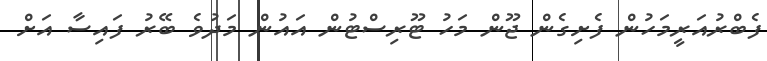
ފެބްރުއަރީމަހުން ފެށިގެން ޖޫން މަހު ޓޫރިސްޓުން އައުން މަދުވެ ބޭރު ފައިސާ އަށް